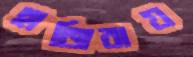
হাজিরায়